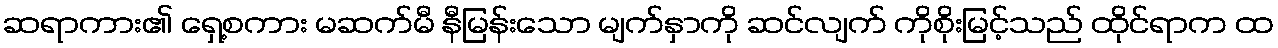
ဆရာကား၏ ရှေ့စကား မဆက်မီ နီမြန်းသော မျက်နှာကို ဆင်လျက် ကိုစိုးမြင့်သည် ထိုင်ရာက ထ